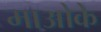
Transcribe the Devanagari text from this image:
माओके